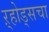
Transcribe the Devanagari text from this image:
ऱ्होड्सचा